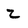
Character: 2